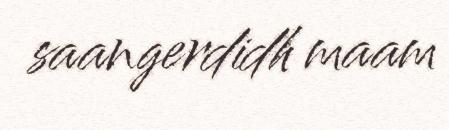
saangerdidh maam